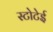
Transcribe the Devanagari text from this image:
स्टोटेई